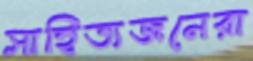
সাহিত্যজনেরা